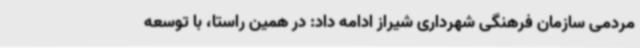
مردمی سازمان فرهنگی شهرداری شیراز ادامه داد: در همین راستا، با توسعه